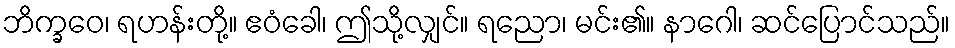
ဘိက္ခဝေ၊ ရဟန်းတို့။ ဧဝံခေါ၊ ဤသို့လျှင်။ ရညော၊ မင်း၏။ နာဂေါ၊ ဆင်ပြောင်သည်။